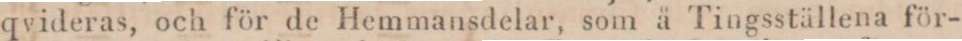
qvideras, och för de Hemmansdelar, som å Tingsställena för-